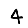
Digit: 4